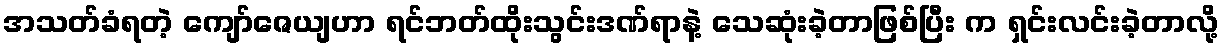
အသတ်ခံရတဲ့ ကျော်ဇေယျဟာ ရင်ဘတ်ထိုးသွင်းဒဏ်ရာနဲ့ သေဆုံးခဲ့တာဖြစ်ပြီး က ရှင်းလင်းခဲ့တာလို့